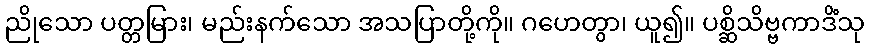
ညိုသော ပတ္တမြား၊ မည်းနက်သော အသပြာတို့ကို။ ဂဟေတွာ၊ ယူ၍။ ပစ္ဆိသိဗ္ဗကာဒိံသု